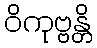
ဝိကုဗ္ဗန္တိ